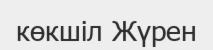
көкшіл Жүрен